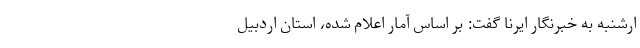
ارشنبه به خبرنگار ایرنا گفت: بر اساس آمار اعلام شده، استان اردبیل